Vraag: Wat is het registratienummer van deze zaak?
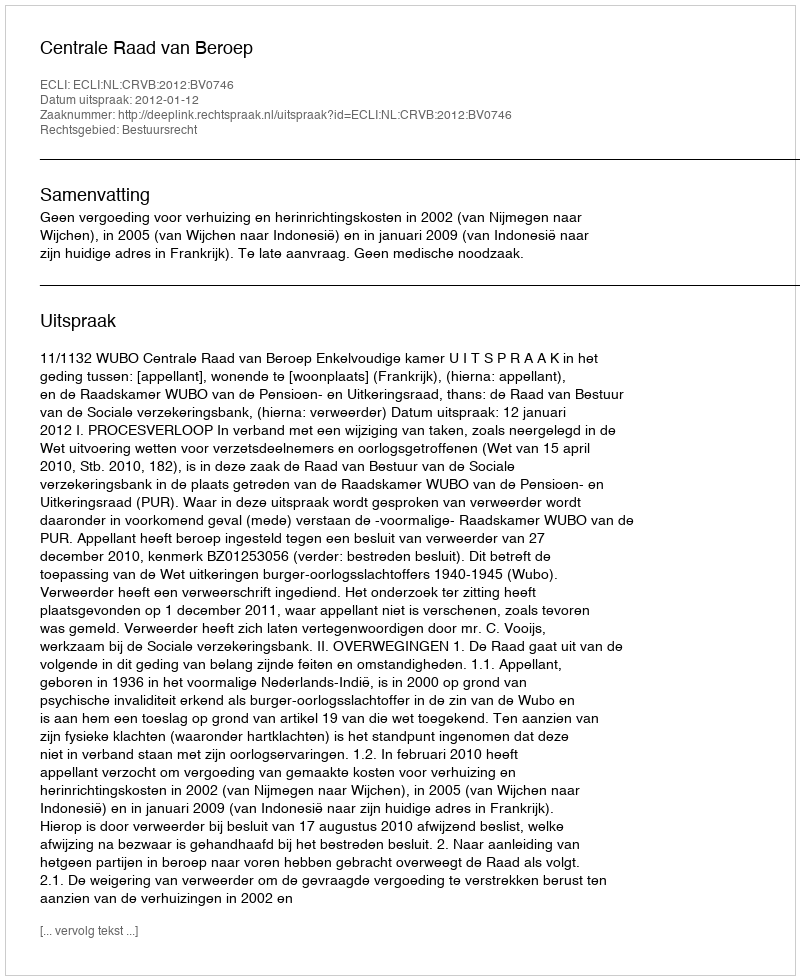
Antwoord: http://deeplink.rechtspraak.nl/uitspraak?id=ECLI:NL:CRVB:2012:BV0746